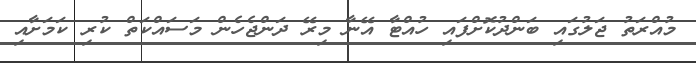
މުއްރަތު ޖަލުގައި ބަންދުކޮށްފައި ހުއްޓާ އޭނާ މިރޭ ދަންޖެހެން މަސައްކަތް ކުރި ކަމަށާއި